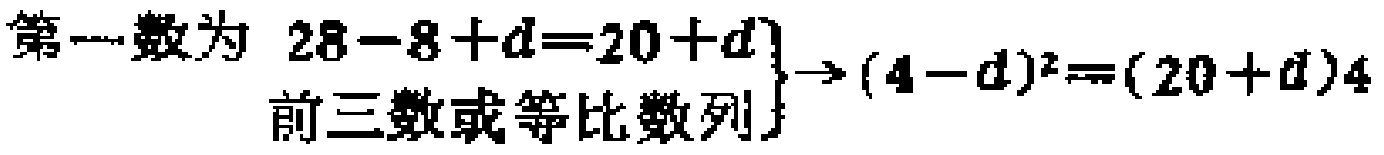
\[
\left.\begin{array}{l}
\text{第一数为 }28 - 8 + d = 20 + d\\
\text{前三数成等比数列}
\end{array}\right\}
\to (4 - d)^2 = (20 + d)4
\]